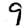
Digit: 9